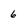
Character: 6